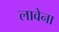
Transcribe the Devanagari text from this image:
लावेना